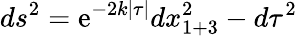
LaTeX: ds^{2}=\mathrm{e}^{-2k|\tau|}dx_{1+3}^{2}-d\tau^{2}